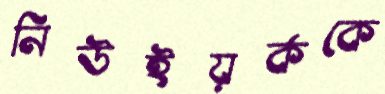
নিউইয়র্ককে